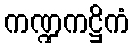
ကဏ္ဍကဋ္ဌိကံ